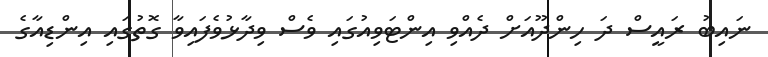
ނައިބު ރައީސް ދަ ހިންދޫއަށް ދެއްވި އިންޓަވިއުގައި ވެސް ވިދާޅުވެފައިވާ ގޮތުގައި އިންޑިއާގެ